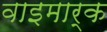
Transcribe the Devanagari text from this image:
वाइमार्क